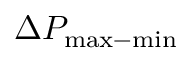
\Delta P _ { \mathrm { m a x - m i n } }